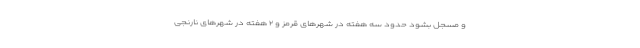
و مسجل بشود حدود سه هفته در شهرهای قرمز و ۲ هفته در شهرهای نارنجی